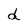
Character: d